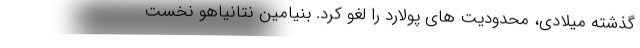
گذشته میلادی، محدودیت های پولارد را لغو کرد. بنیامین نتانیاهو نخست